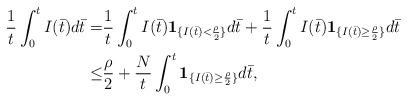
LaTeX: \begin{align*}\dfrac{1}t\int^t_0I(\bar t)d\bar t=&\dfrac{1}t\int^t_0I(\bar t){\bf1}_{\{I(\bar t)<\frac{\rho}2\}}d\bar t+\dfrac{1}t\int^t_0I(\bar t){\bf1}_{\{I(\bar t)\geq\frac{\rho}2\}}d\bar t\\\leq& \frac{\rho}2+\frac N t \int^t_0{\bf1}_{\{I(\bar t)\geq\frac{\rho}2\}}d\bar t,\end{align*}